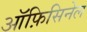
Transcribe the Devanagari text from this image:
ऑफ़िसिनेल